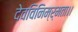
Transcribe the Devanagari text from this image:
देवविनिम्र्मता।।